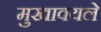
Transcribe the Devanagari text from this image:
मुखावयले